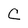
Character: C